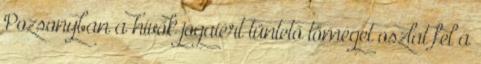
Pozsonyban a hívők jogaiért tüntető tömeget oszlat fel a